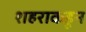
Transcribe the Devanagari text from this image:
शहराकडून